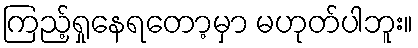
ကြည့်ရှုနေရတော့မှာ မဟုတ်ပါဘူး။